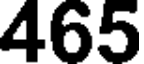
465